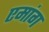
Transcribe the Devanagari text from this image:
एमांग